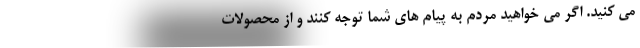
می کنید. اگر می خواهید مردم به پیام های شما توجه کنند و از محصولات